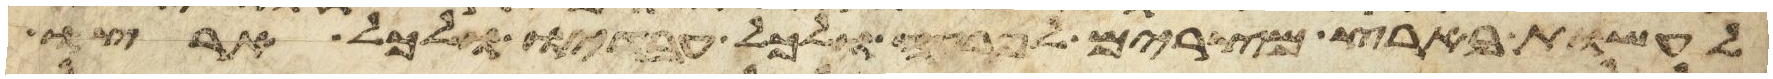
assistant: לעשות בארץ מצרים לפרעה ולכל עבדיו ולכל ארצו